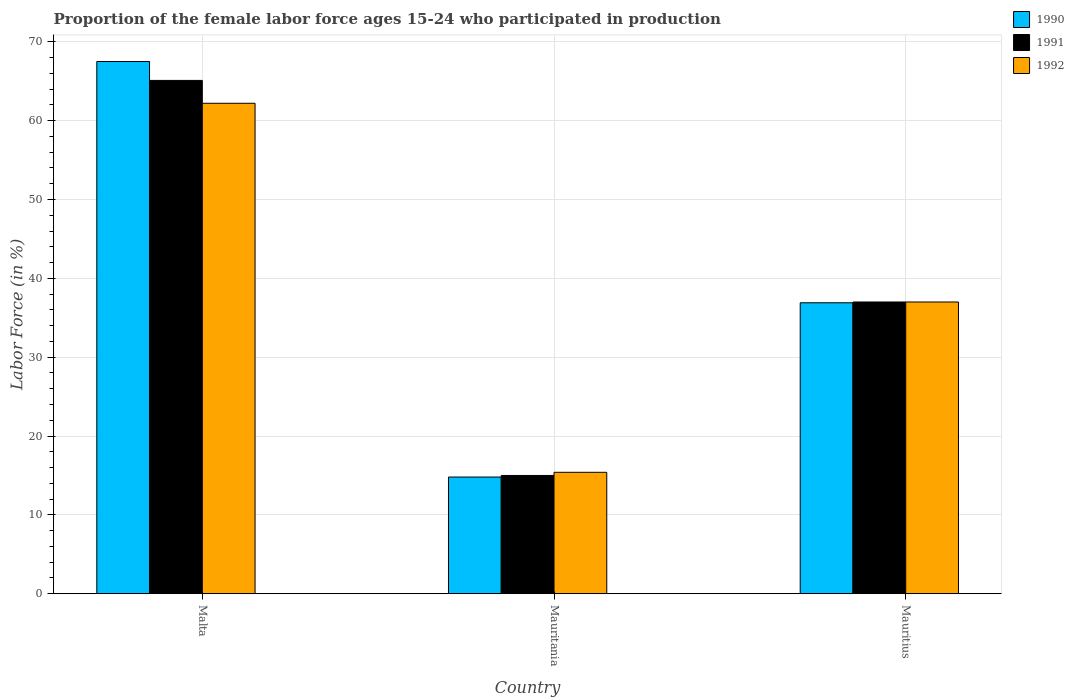
| Country | 1990 | 1991 | 1992 |
 | --- | --- | --- | --- |
 | Malta | 67.5 | 65.1 | 62.2 |
 | Mauritania | 14.8 | 15 | 15.4 |
 | Mauritius | 36.9 | 37 | 37 |